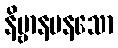
နိဗ္ဗာနမနသော